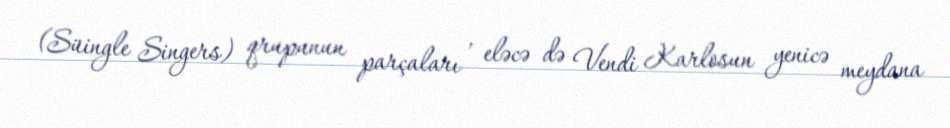
(Süingle Singers) qrupunun parçaları , eləcə də Vendi Karlosun yenicə meydana